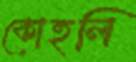
কোহলি